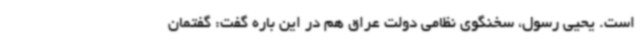
است. یحیی رسول، سخنگوی نظامی دولت عراق هم در این باره گفت: گفتمان